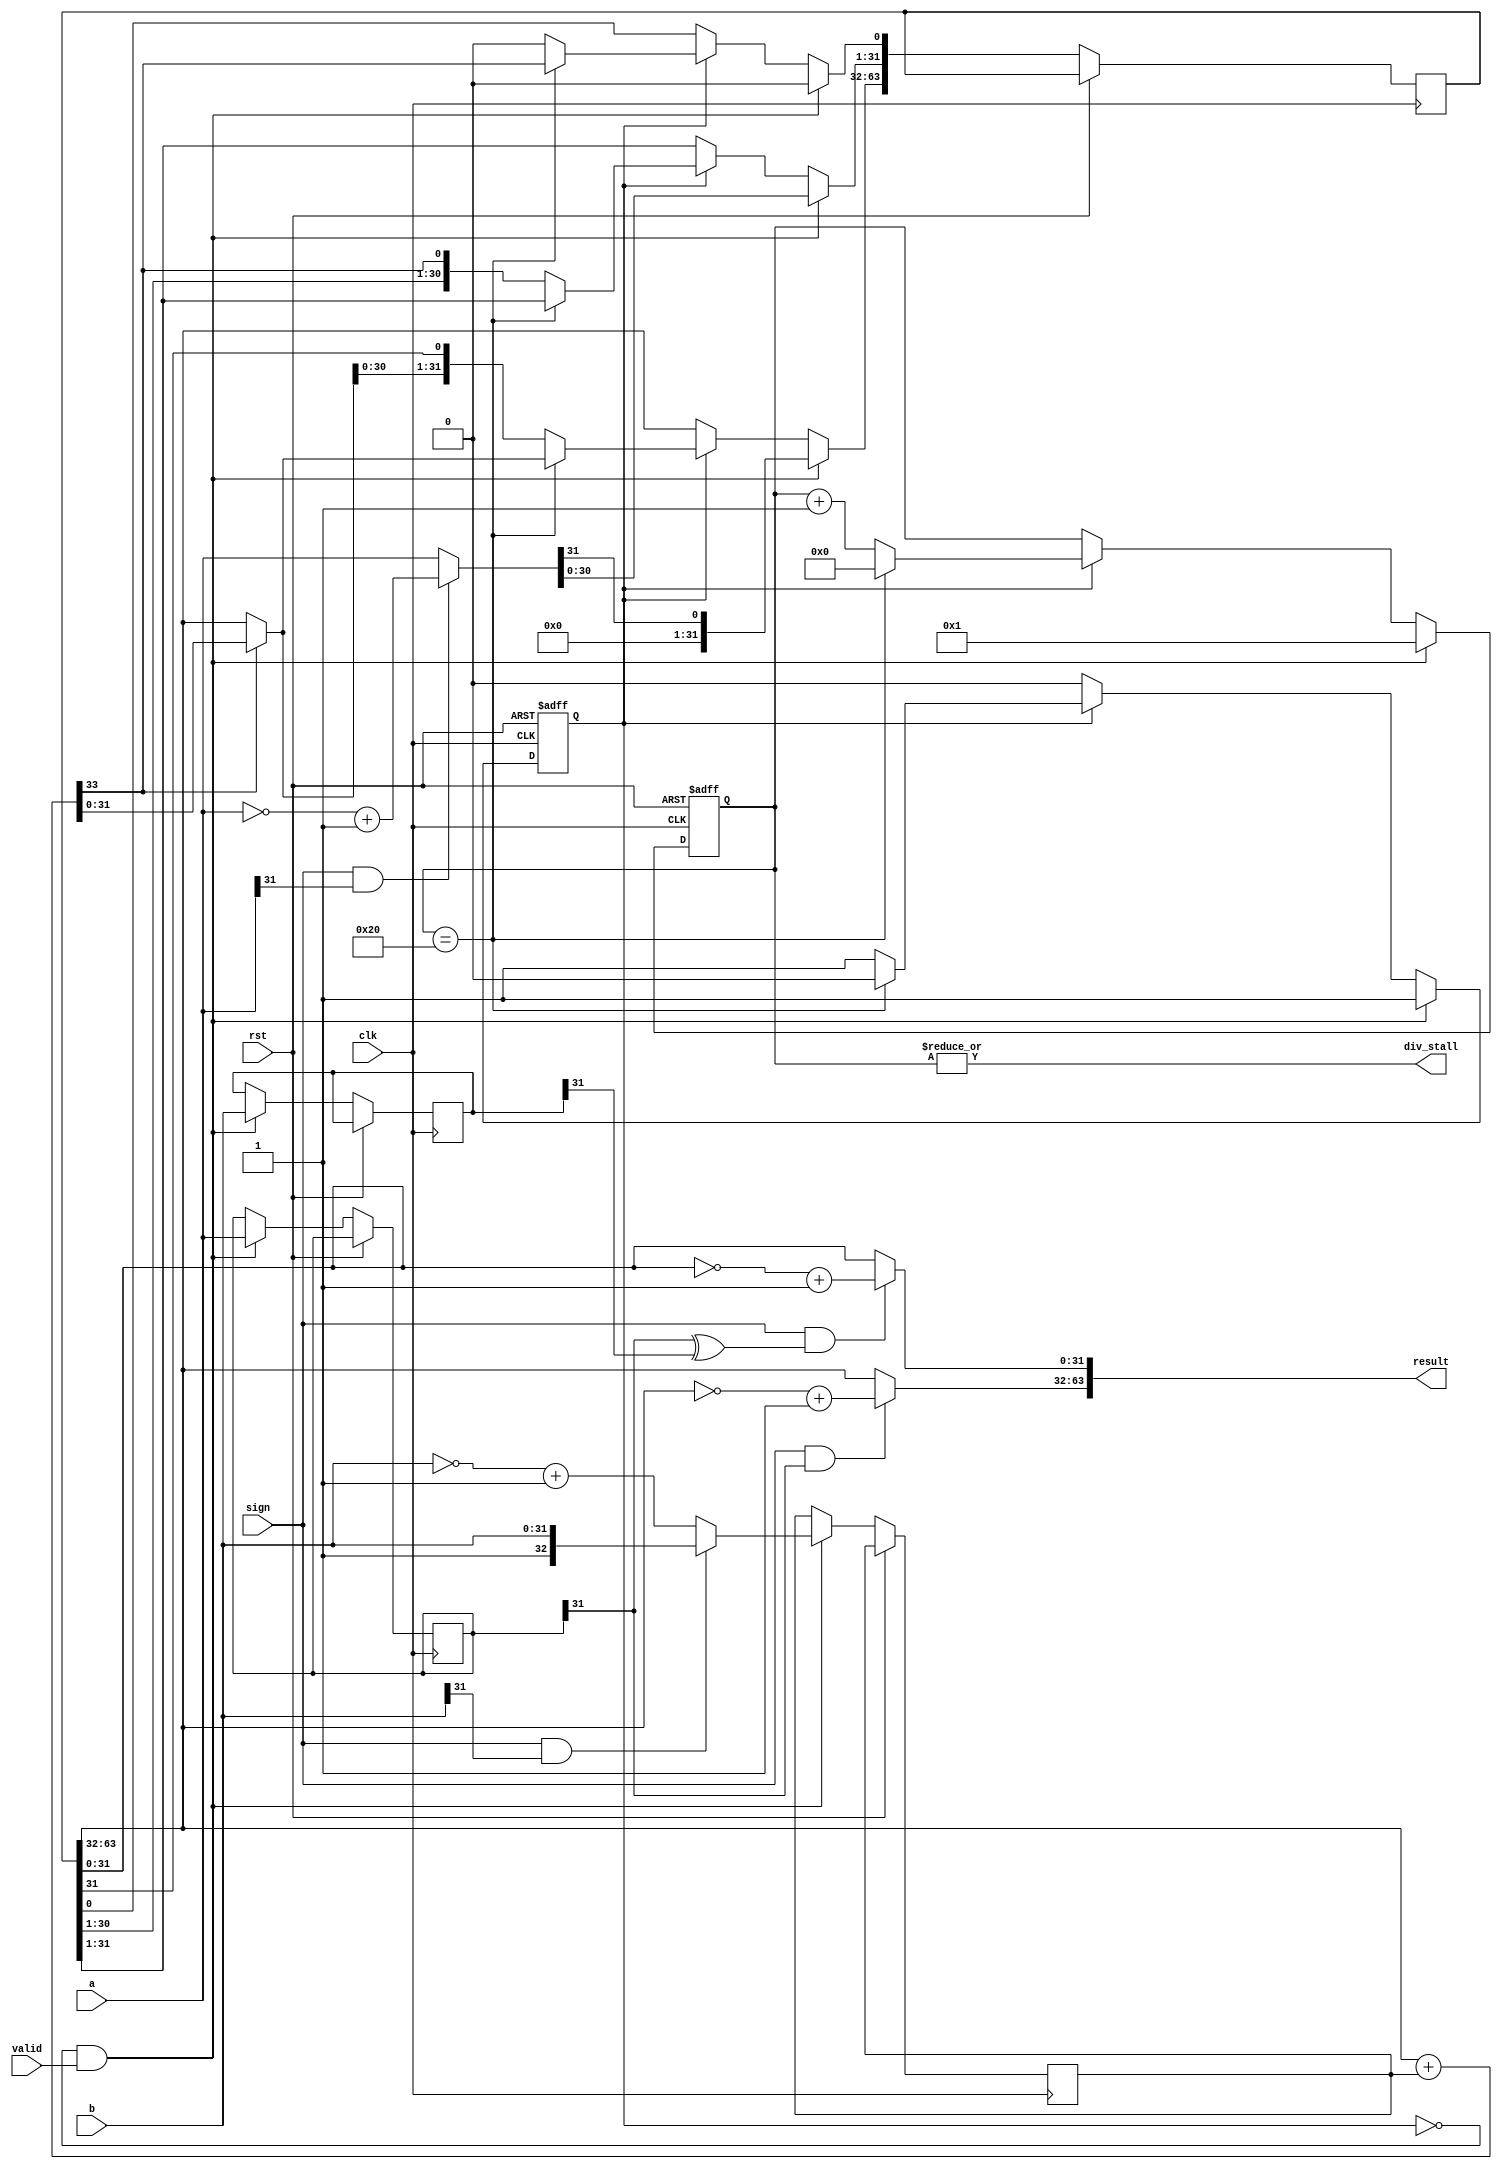
`timescale 1ns / 1ps
//////////////////////////////////////////////////////////////////////////////////
// Company: 
// Engineer: 
// 
// Design Name: 
// Module Name: divider
// Project Name: 
// Target Devices: 
// Tool Versions: 
// Description: 
// 
// Dependencies: 
// 
// Revision:
// Revision 0.01 - File Created
// Additional Comments:
// 
//////////////////////////////////////////////////////////////////////////////////


module divider(
    input               clk,
    input               rst,
    input [31:0]        a,  //divident
    input [31:0]        b,  //divisor
    input               valid,
    input               sign,   //1:signed

    // output reg          ready,
    output wire         div_stall,
    output [63:0]       result
    );
    /*
    1. 
    2. remainer03233
    */
    reg [31:0] a_save, b_save;
    reg [63:0] SR; //shift register
    reg [32 :0] NEG_DIVISOR;  //divisor 2's complement
    wire [31:0] REMAINER, QUOTIENT;
    assign REMAINER = SR[63:32];
    assign QUOTIENT = SR[31: 0];

    wire [31:0] divident_abs;
    wire [32:0] divisor_abs;
    wire [31:0] remainer, quotient;

    assign divident_abs = (sign & a[31]) ? ~a + 1'b1 : a;
    //
    assign remainer = (sign & a_save[31]) ? ~REMAINER + 1'b1 : REMAINER;
    assign quotient = sign & (a_save[31] ^ b_save[31]) ? ~QUOTIENT + 1'b1 : QUOTIENT;
    assign result = {remainer,quotient};

    wire CO;
    wire [32:0] sub_result;
    wire [32:0] mux_result;
    //sub
    assign {CO,sub_result} = {1'b0,REMAINER} + NEG_DIVISOR;
    //mux
    assign mux_result = CO ? sub_result : {1'b0,REMAINER};

    //state machine
    reg [5:0] cnt;
    reg start_cnt;
    always @(posedge clk, posedge rst) begin
        if(rst) begin
            cnt <= 0;
            start_cnt <= 0;
        end
        else if(!start_cnt & valid) begin
            cnt <= 1;
            start_cnt <= 1;
            //save a,b
            a_save <= a;
            b_save <= b;

            //Register init
            SR[63:0] <= {31'b0,divident_abs,1'b0}; //left shift one bit initially
            NEG_DIVISOR <= (sign & b[31]) ? {1'b1,b} : ~{1'b0,b} + 1'b1; //divisor_abs
        end
        else if(start_cnt) begin
            if(cnt==32) begin
                cnt <= 0;
                start_cnt <= 0;
                
                //Output result
                SR[63:32] <= mux_result[31:0];
                SR[0] <= CO;
            end
            else begin
                cnt <= cnt + 1;

                SR[63:0] <= {mux_result[30:0],SR[31:1],CO,1'b0}; //wsl: write and shift left
            end
        end
    end
    
    assign div_stall = |cnt; //cnt=0
endmodule